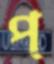
প্